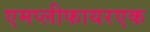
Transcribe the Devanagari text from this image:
एमप्लीफायरएक